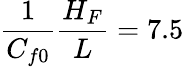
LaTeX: \frac{1}{C_{f0}}\frac{H_{F}}{L}=7.5